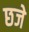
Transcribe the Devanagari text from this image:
छजे